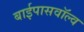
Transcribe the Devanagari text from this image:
बाईपासवॉल्व